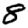
Digit: 8